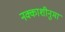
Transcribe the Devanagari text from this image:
नक्काशीनुमा